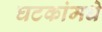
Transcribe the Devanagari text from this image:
घटकांमधे